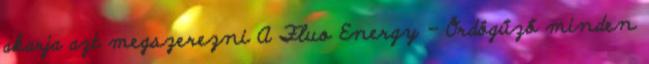
akarja azt megszerezni A Fluo Energy - Ördögűző minden